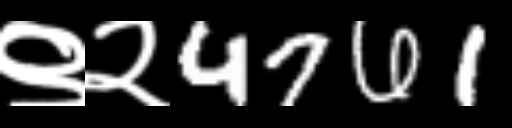
Text: ९२4761